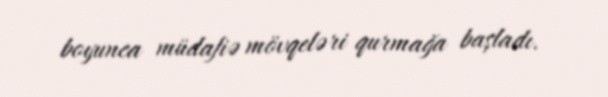
boyunca müdafiə mövqeləri qurmağa başladı.